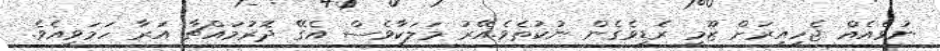
ނުވެއެއް ޖެހިއިރަށް ޒޫމީ ރެޑީވެގެން ނުކުތެވެ.އޭރު މަލަކާވެސް އެގޭ ދޮރުމައްޗާ އަރާ ހަމަވީއެވެ.